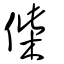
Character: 偨